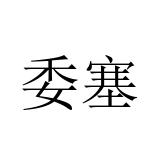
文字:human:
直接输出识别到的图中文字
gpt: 委塞